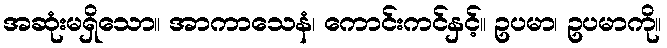
အဆုံးမရှိသော။ အာကာသေနံ၊ ကောင်းကင်နှင့်။ ဥပမာ၊ ဥပမာကို။